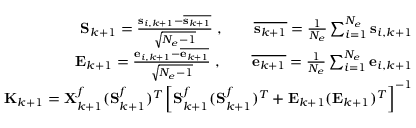
\begin{array} { r } { \mathbf { S } _ { k + 1 } = \frac { \mathbf { s } _ { i , k + 1 } - \overline { { \mathbf { s } _ { k + 1 } } } } { \sqrt { N _ { e } - 1 } } \; , \qquad \overline { { \mathbf { s } _ { k + 1 } } } = \frac { 1 } { N _ { e } } \sum _ { i = 1 } ^ { N _ { e } } \mathbf { s } _ { i , k + 1 } } \\ { \mathbf { E } _ { k + 1 } = \frac { \mathbf { e } _ { i , k + 1 } - \overline { { \mathbf { e } _ { k + 1 } } } } { \sqrt { N _ { e } - 1 } } \; , \qquad \overline { { \mathbf { e } _ { k + 1 } } } = \frac { 1 } { N _ { e } } \sum _ { i = 1 } ^ { N _ { e } } \mathbf { e } _ { i , k + 1 } } \\ { \mathbf { K } _ { k + 1 } = \mathbf { X } _ { k + 1 } ^ { f } ( \mathbf { S } _ { k + 1 } ^ { f } ) ^ { T } \left[ \mathbf { S } _ { k + 1 } ^ { f } ( \mathbf { S } _ { k + 1 } ^ { f } ) ^ { T } + \mathbf { E } _ { k + 1 } ( \mathbf { E } _ { k + 1 } ) ^ { T } \right] ^ { - 1 } } \end{array}